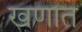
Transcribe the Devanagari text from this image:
खणात